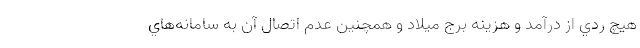
هيچ ردي از درآمد و هزينه برج ميلاد و همچنين عدم اتصال آن به سامانه‌هاي